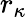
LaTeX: r_{\kappa}